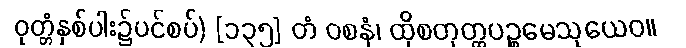
ဝုတ္တံနှစ်ပါး၌ပင်စပ်) [၁၃၅] တံ ဝစနံ၊ ထိုစတုတ္ထပဉ္စမေသုယေဝ။